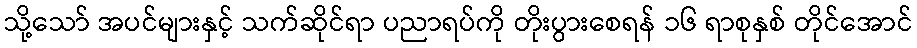
သို့သော် အပင်များနှင့် သက်ဆိုင်ရာ ပညာရပ်ကို တိုးပွားစေရန် ၁၆ ရာစုနှစ် တိုင်အောင်